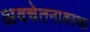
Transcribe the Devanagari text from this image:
अवचेतनावस्था